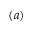
( a )